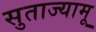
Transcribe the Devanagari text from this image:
सुताज्यामू